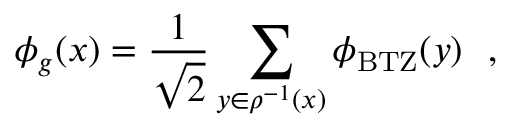
\phi _ { g } ( x ) = { \frac { 1 } { \sqrt { 2 } } } \sum _ { y \in \rho ^ { - 1 } ( x ) } \phi _ { \mathrm { { B T Z } } } ( y ) \ \ ,